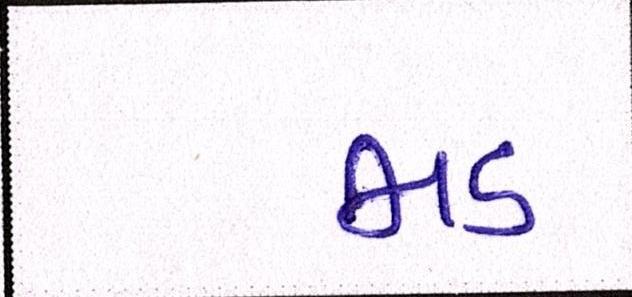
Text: ભડ